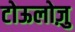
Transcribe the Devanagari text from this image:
टोऊलोज़ु